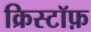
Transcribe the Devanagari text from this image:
क्रिस्टॉफ़